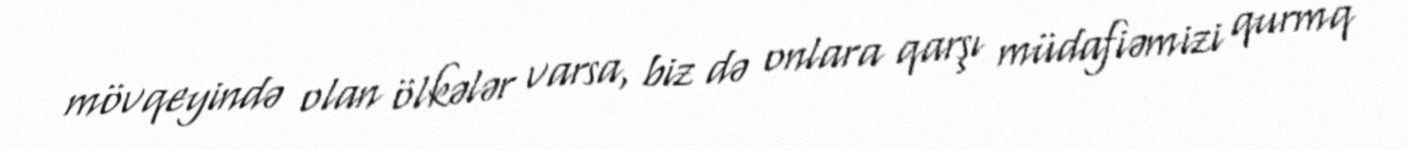
mövqeyində olan ölkələr varsa, biz də onlara qarşı müdafiəmizi qurmq